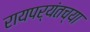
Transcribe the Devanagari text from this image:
रायपर्यंतच्या